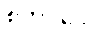
စတုပ္ပဒေါ